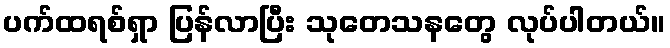
ပက်ထရစ်ရှာ ပြန်လာပြီး သုတေသနတွေ လုပ်ပါတယ်။